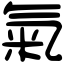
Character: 氣